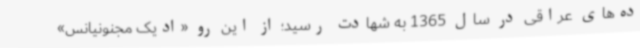
ده‌های عراقی در سال 1365 به شهادت رسید؛ از این رو «ادیک مجنونیانس»